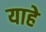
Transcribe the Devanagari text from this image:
याहे